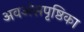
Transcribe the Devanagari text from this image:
अवअंसपृष्ठिका